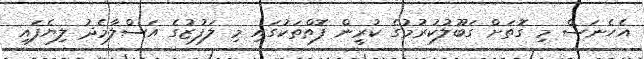
އެހެނަސް މި ގޮތަށް ގަބޫލުކުރުމުގެ ކުރީން ފޮތްތަކުގައި މި ލަފުޒުގެ އަސްލާމެދު ލިޔެފައި